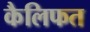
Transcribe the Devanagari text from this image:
कैलिफत